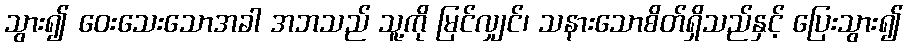
သွား၍ ဝေးသေးသောအခါ အဘသည် သူ့ကို မြင်လျှင်၊ သနားသောစိတ်ရှိသည်နှင့် ပြေးသွား၍